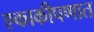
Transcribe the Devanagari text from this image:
एकाकीपणात